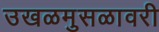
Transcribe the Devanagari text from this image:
उखळमुसळावरी